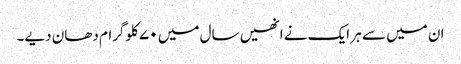
ان میں سے ہر ایک نے انھیں سال میں ۷۰ کلوگرام دھان دیے۔